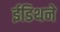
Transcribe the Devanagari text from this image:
ईडिथने